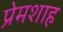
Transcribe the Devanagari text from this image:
प्रेमशाह